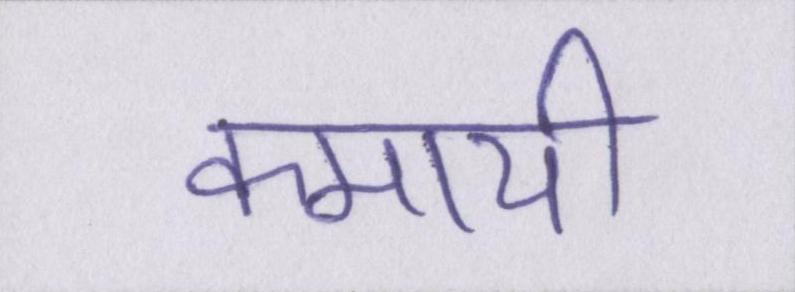
कमायी